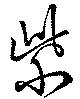
紫